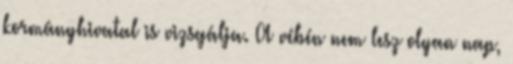
kormányhivatal is vizsgálja. A vébén nem lesz olyan nap,